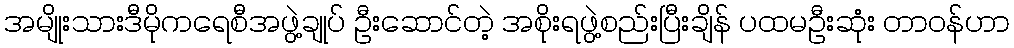
အမျိုးသားဒီမိုကရေစီအဖွဲ့ချုပ် ဦးဆောင်တဲ့ အစိုးရဖွဲ့စည်းပြီးချိန် ပထမဦးဆုံး တာဝန်ဟာ